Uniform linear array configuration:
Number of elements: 32
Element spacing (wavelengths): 0.5
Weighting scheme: exponential
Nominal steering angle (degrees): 60
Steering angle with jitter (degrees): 61.093
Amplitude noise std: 0.05
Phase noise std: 0.05

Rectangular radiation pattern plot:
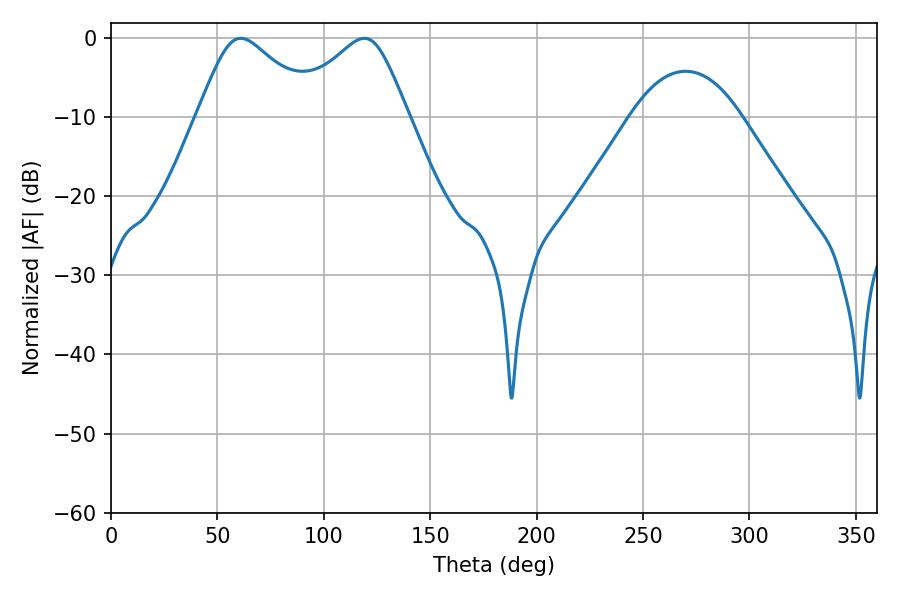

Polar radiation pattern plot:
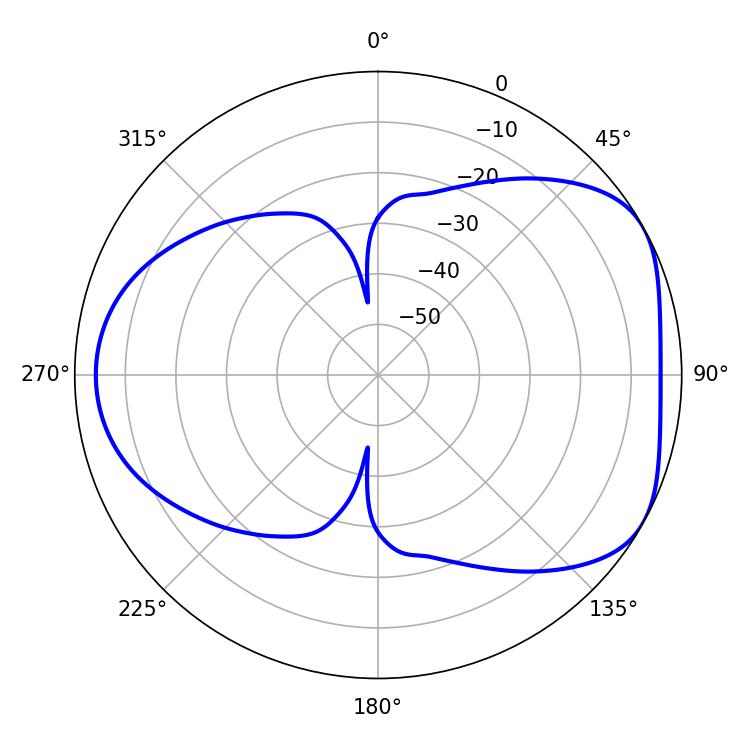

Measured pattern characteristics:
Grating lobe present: FALSE
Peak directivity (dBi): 4.847
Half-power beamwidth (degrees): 27.18
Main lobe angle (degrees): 61.02